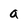
Character: a